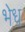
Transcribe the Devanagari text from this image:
भेध